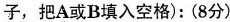
子,把A或B填入空格):(8分)